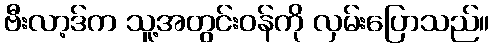
ဗီးလာ့ဒ်က သူ့အတွင်းဝန်ကို လှမ်းပြောသည်။